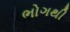
ભોગથી